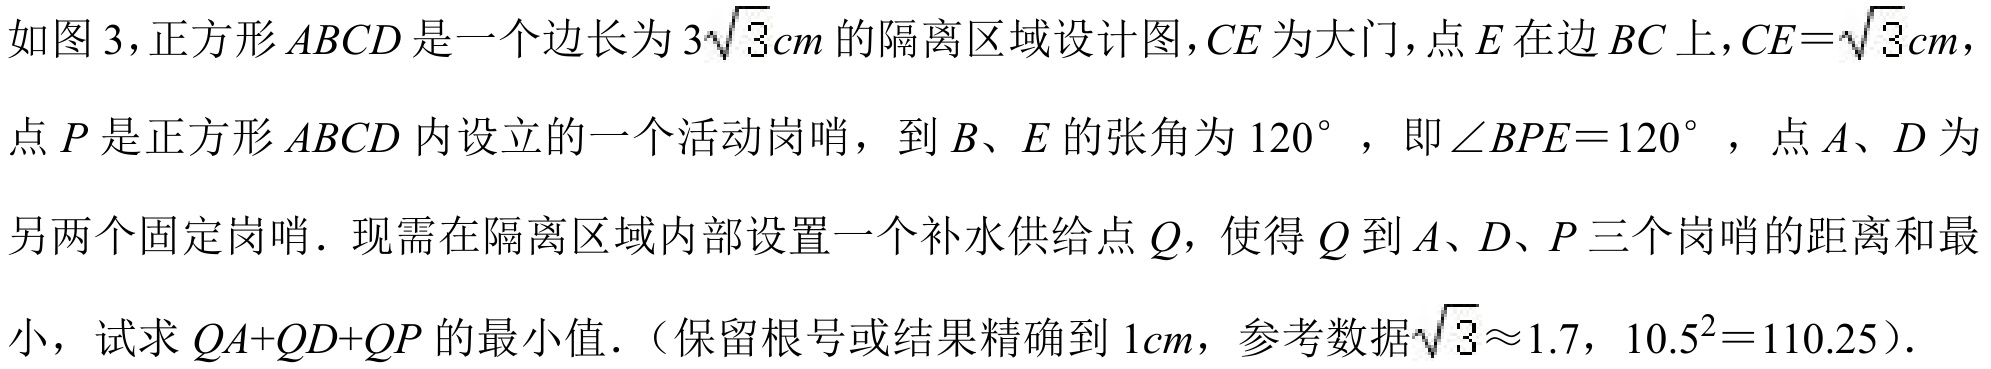
如图 3，正方形 \(ABCD\) 是一个边长为 \(3\sqrt{3}cm\) 的隔离区域设计图，\(CE\) 为大门，点 \(E\) 在边 \(BC\) 上，\(CE = \sqrt{3}cm\)，点 \(P\) 是正方形 \(ABCD\) 内设立的一个活动岗哨， 到 \(B\)、\(E\) 的张角为 \(120^{\circ}\) ，即 \(\angle BPE = 120^{\circ}\) ，点 \(A\)、\(D\) 为另两个固定岗哨．现需在隔离区域内部设置一个补水供给点 \(Q\)，使得 \(Q\) 到 \(A\)、\(D\)、\(P\) 三个岗哨的距离和最小， 试求 \(QA + QD+QP\) 的最小值．（保留根号或结果精确到 \(1cm\)，参考数据\(\sqrt{3}\approx1.7\)，\(10.5^{2}=110.25\)）．